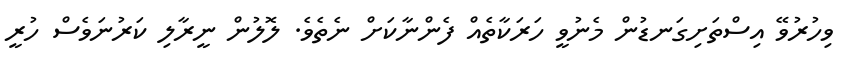
ވިހުރުވޭ އިސްތަށިގަނޑުން މެނުވީ ހަރަކާތެއް ފެންނާކަށް ނެތެވެ. ލޮލުން ނީރާލި ކަރުނަވެސް ހުރީ